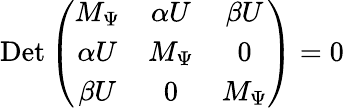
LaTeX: \mathrm{Det}\left(\begin{array}{ccc}{{M_{\Psi}}}&{{\alpha U}}&{{\beta U}}\\ {{\alpha U}}&{{M_{\Psi}}}&{{0}}\\ {{\beta U}}&{{0}}&{{M_{\Psi}}}\end{array}\right)=0